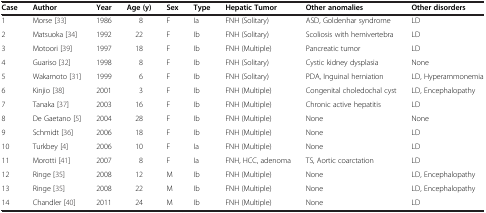
<table><thead><tr><td><b>Case</b></td><td><b>Author</b></td><td><b>Year</b></td><td><b>Age (y)</b></td><td><b>Sex</b></td><td><b>Type</b></td><td><b>Hepatic Tumor</b></td><td><b>Other anomalies</b></td><td><b>Other disorders</b></td></tr></thead><tbody><tr><td>1</td><td>Morse [33]</td><td>1986</td><td>8</td><td>F</td><td>Ia</td><td>FNH (Solitary)</td><td>ASD, Goldenhar syndrome</td><td>LD</td></tr><tr><td>2</td><td>Matsuoka [34]</td><td>1992</td><td>22</td><td>F</td><td>Ib</td><td>FNH (Solitary)</td><td>Scoliosis with hemivertebra</td><td>LD</td></tr><tr><td>3</td><td>Motoori [39]</td><td>1997</td><td>18</td><td>F</td><td>Ib</td><td>FNH (Multiple)</td><td>Pancreatic tumor</td><td>LD</td></tr><tr><td>4</td><td>Guariso [32]</td><td>1998</td><td>8</td><td>F</td><td>Ib</td><td>FNH (Solitary)</td><td>Cystic kidney dysplasia</td><td>None</td></tr><tr><td>5</td><td>Wakamoto [31]</td><td>1999</td><td>6</td><td>F</td><td>Ib</td><td>FNH (Solitary)</td><td>PDA, Inguinal herniation</td><td>LD, Hyperammonemia</td></tr><tr><td>6</td><td>Kinjio [38]</td><td>2001</td><td>3</td><td>F</td><td>Ib</td><td>FNH (Multiple)</td><td>Congenital choledochal cyst</td><td>LD, Encephalopathy</td></tr><tr><td>7</td><td>Tanaka [37]</td><td>2003</td><td>16</td><td>F</td><td>Ib</td><td>FNH (Multiple)</td><td>Chronic active hepatitis</td><td>LD</td></tr><tr><td>8</td><td>De Gaetano [5]</td><td>2004</td><td>28</td><td>F</td><td>Ib</td><td>FNH (Multiple)</td><td>None</td><td>None</td></tr><tr><td>9</td><td>Schmidt [36]</td><td>2006</td><td>18</td><td>F</td><td>Ib</td><td>FNH (Multiple)</td><td>None</td><td>LD</td></tr><tr><td>10</td><td>Turkbey [4]</td><td>2006</td><td>10</td><td>F</td><td>Ia</td><td>FNH (Multiple)</td><td>None</td><td>LD</td></tr><tr><td>11</td><td>Morotti [41]</td><td>2007</td><td>8</td><td>F</td><td>Ia</td><td>FNH, HCC, adenoma</td><td>TS, Aortic coarctation</td><td>LD</td></tr><tr><td>12</td><td>Ringe [35]</td><td>2008</td><td>12</td><td>M</td><td>Ib</td><td>FNH (Multiple)</td><td>None</td><td>LD, Encephalopathy</td></tr><tr><td>13</td><td>Ringe [35]</td><td>2008</td><td>22</td><td>M</td><td>Ib</td><td>FNH (Multiple)</td><td>None</td><td>LD, Encephalopathy</td></tr><tr><td>14</td><td>Chandler [40]</td><td>2011</td><td>24</td><td>M</td><td>Ib</td><td>FNH (Multiple)</td><td>None</td><td>LD</td></tr></tbody></table>